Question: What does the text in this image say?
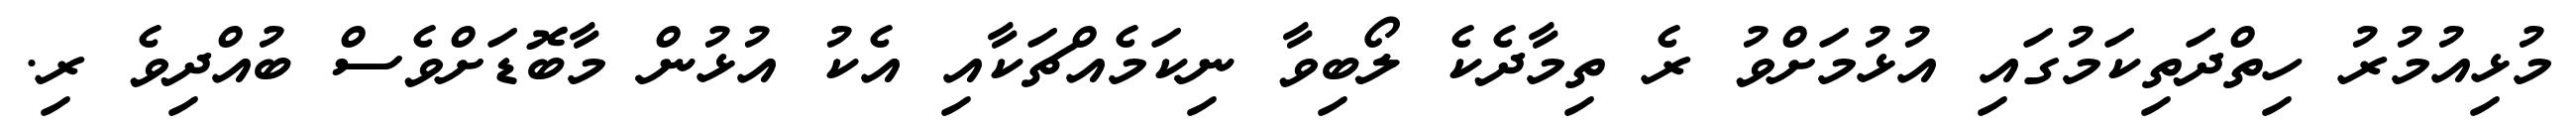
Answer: މުޅިއުމުރު ހިތްދަތިކަމުގައި އުޅުމަށްވު ރެ ތިމާދެކެ ލޯބިވާ ނިކަމެއްޗަކާއި އެކު އުޅުން މާބޮޑަށްވެސް ބުއްދިވެ ރި.